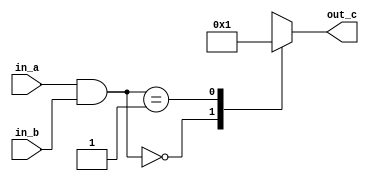
module CAS_NR_EXCS (in_a, in_b, out_c);
   input [2:0] in_a,in_b;
   output reg [1:0] out_c;
   
   always @( in_a or in_b )
   begin
      case( in_a & in_b )
         3'b000 : out_c = 2'b00;
         3'b001 : out_c = 2'b01;
         default : out_c = 2'bxx;
      endcase
   end
endmodule